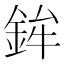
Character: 鉾